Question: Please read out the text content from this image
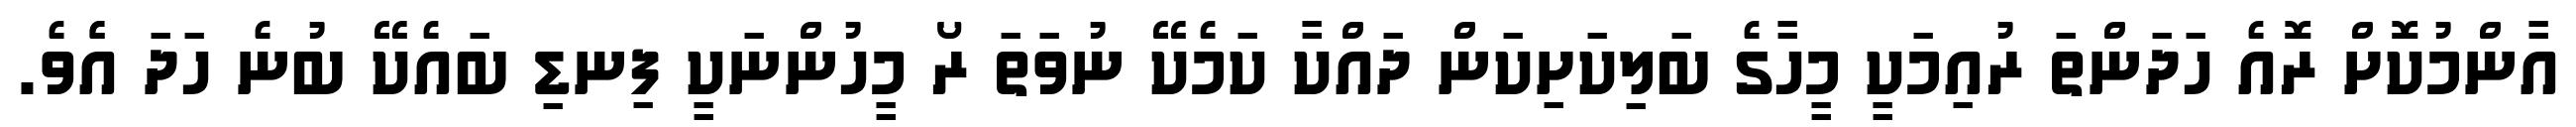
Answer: އާންމުކޮށް ރޮއެ ހަދަންތަ ރުއިމަކީ މީހާގެ ބަލިކަށިކަން ދައްކާ ކަމެކޭ ނުވަތަ ރޯ މީހުންނަކީ ފިނޑި ބައެކޭ ބުނެ ހަދަ އެެވެ.